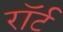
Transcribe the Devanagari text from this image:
रॉर्ट